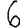
Digit: 6